Indian journal of veterinary science and animal husbandry - Volumes 26-27, 1956-1957
Year: 1956
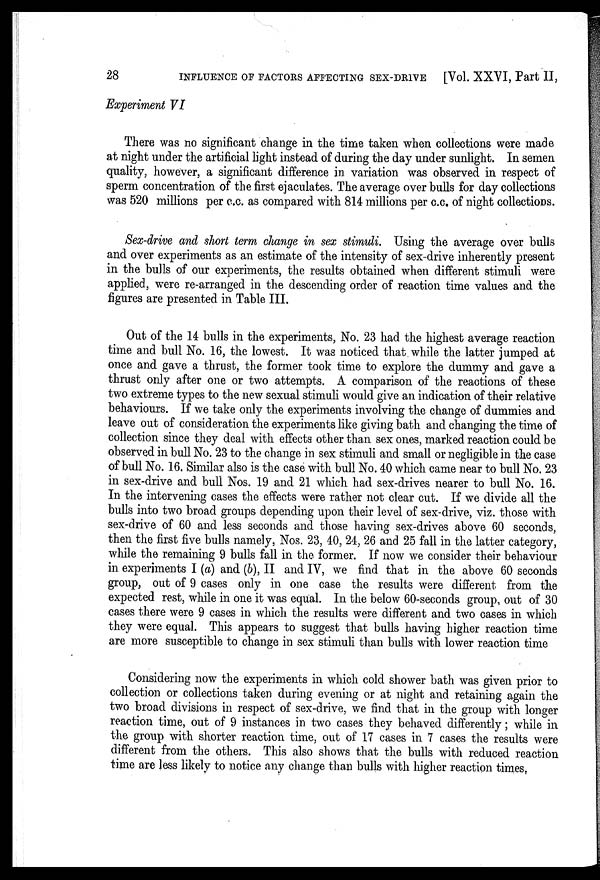
28
INFLUENCE OF FACTORS AFFECTING SEX-DRIVE
[Vol. XXVI, Part II,
Experiment VI
There was no significant change in the time taken when collections were made
at night under the artificial light instead of during the day under sunlight. In semen
quality, however, a significant difference in variation was observed in respect of
sperm concentration of the first ejaculates. The average over bulls for day collections
was 520 millions per c.c. as compared with 814 millions per c.c. of night collections.
Sex-drive and short term change in sex stimuli. Using the average over bulls
and over experiments as an estimate of the intensity of sex-drive inherently present
in the bulls of our experiments, the results obtained when different stimuli were
applied, were re-arranged in the descending order of reaction time values and the
figures are presented in Table III.
Out of the 14 bulls in the experiments, No. 23 had the highest average reaction
time and bull No. 16, the lowest. It was noticed that while the latter jumped at
once and gave a thrust, the former took time to explore the dummy and gave a
thrust only after one or two attempts. A comparison of the reactions of these
two extreme types to the new sexual stimuli would give an indication of their relative
behaviours. If we take only the experiments involving the change of dummies and
leave out of consideration the experiments like giving bath and changing the time of
collection since they deal with effects other than sex ones, marked reaction could be
observed in bull No. 23 to the change in sex stimuli and small or negligible in the case
of bull No. 16. Similar also is the case with bull No. 40 which came near to bull No. 23
in sex-drive and bull Nos. 19 and 21 which had sex-drives nearer to bull No. 16.
In the intervening cases the effects were rather not clear cut. If we divide all the
bulls into two broad groups depending upon their level of sex-drive, viz. those with
sex-drive of 60 and less seconds and those having sex-drives above 60 seconds,
then the first five bulls namely, Nos. 23, 40, 24, 26 and 25 fall in the latter category,
while the remaining 9 bulls fall in the former. If now we consider their behaviour
in experiments I (a) and (b), II and IV, we find that in the above 60 seconds
group, out of 9 cases only in one case the results were different from the
expected rest, while in one it was equal. In the below 60-seconds group, out of 30
cases there were 9 cases in which the results were different and two cases in which
they were equal. This appears to suggest that bulls having higher reaction time
are more susceptible to change in sex stimuli than bulls with lower reaction time
Considering now the experiments in which cold shower bath was given prior to
collection or collections taken during evening or at night and retaining again the
two broad divisions in respect of sex-drive, we find that in the group with longer
reaction time, out of 9 instances in two cases they behaved differently; while in
the group with shorter reaction time, out of 17 cases in 7 cases the results were
different from the others. This also shows that the bulls with reduced reaction
time are less likely to notice any change than bulls with higher reaction times.